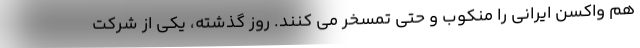
هم واکسن ایرانی را منکوب و حتی تمسخر می کنند. روز گذشته، یکی از شرکت